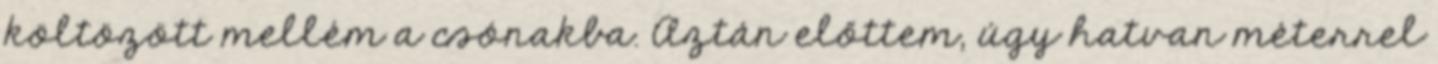
költözött mellém a csónakba. Aztán előttem, úgy hatvan méterrel